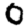
Digit: 0